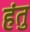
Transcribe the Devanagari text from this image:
हंतु